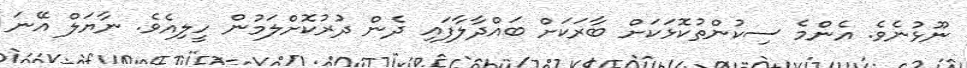
ނޫޅުނެވެ. އެންމެ ސިކުންތުކޮޅަކަށް ބާރަކަށް ބައްދާލާފައި ދެން ދުރުކޮށްލަމުން ހީލިއެވެ. ނާޔަލް އޭނަ